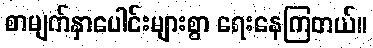
စာမျက်နှာပေါင်းများစွာ ရေးနေကြတယ်။